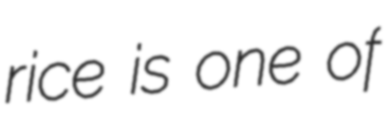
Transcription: rice is one of